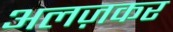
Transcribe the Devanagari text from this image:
अलज़कर